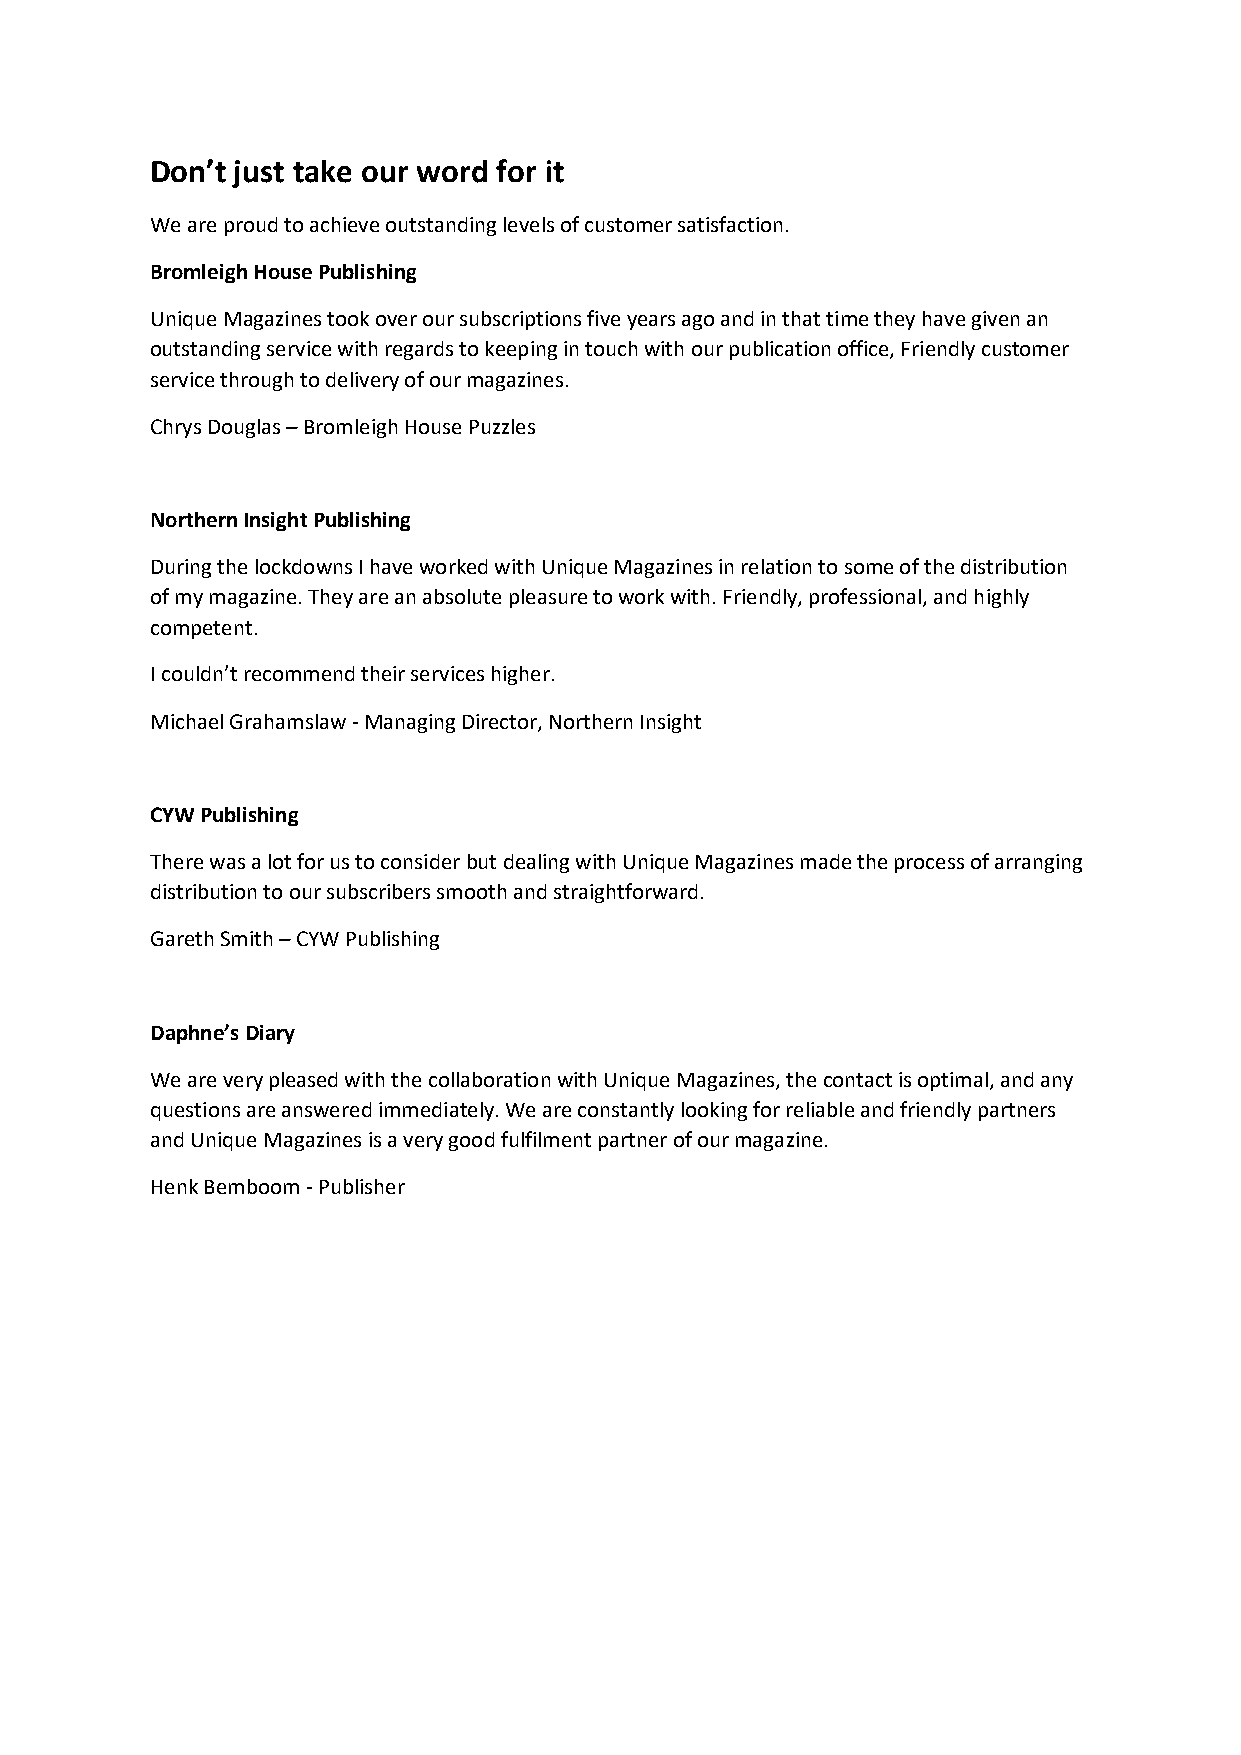
Don’t just take our word for it
 We are proud to achieve outstanding levels of customer satisfaction.
 Bromleigh House Publishing
 Unique Magazines took over our subscriptions five years ago and in that time they have given an
 outstanding service with regards to keeping in touch with our publication office, Friendly customer
 service through to delivery of our magazines.
 Chrys Douglas – Bromleigh House Puzzles
 Northern Insight Publishing
 During the lockdowns I have worked with Unique Magazines in relation to some of the distribution
 of my magazine. They are an absolute pleasure to work with. Friendly, professional, and highly
 competent.
 I couldn’t recommend their services higher.
 Michael Grahamslaw - Managing Director, Northern Insight
 CYW Publishing
 There was a lot for us to consider but dealing with Unique Magazines made the process of arranging
 distribution to our subscribers smooth and straightforward.
 Gareth Smith – CYW Publishing
 Daphne’s Diary
 We are very pleased with the collaboration with Unique Magazines, the contact is optimal, and any
 questions are answered immediately. We are constantly looking for reliable and friendly partners
 and Unique Magazines is a very good fulfilment partner of our magazine.
 Henk Bemboom - Publisher